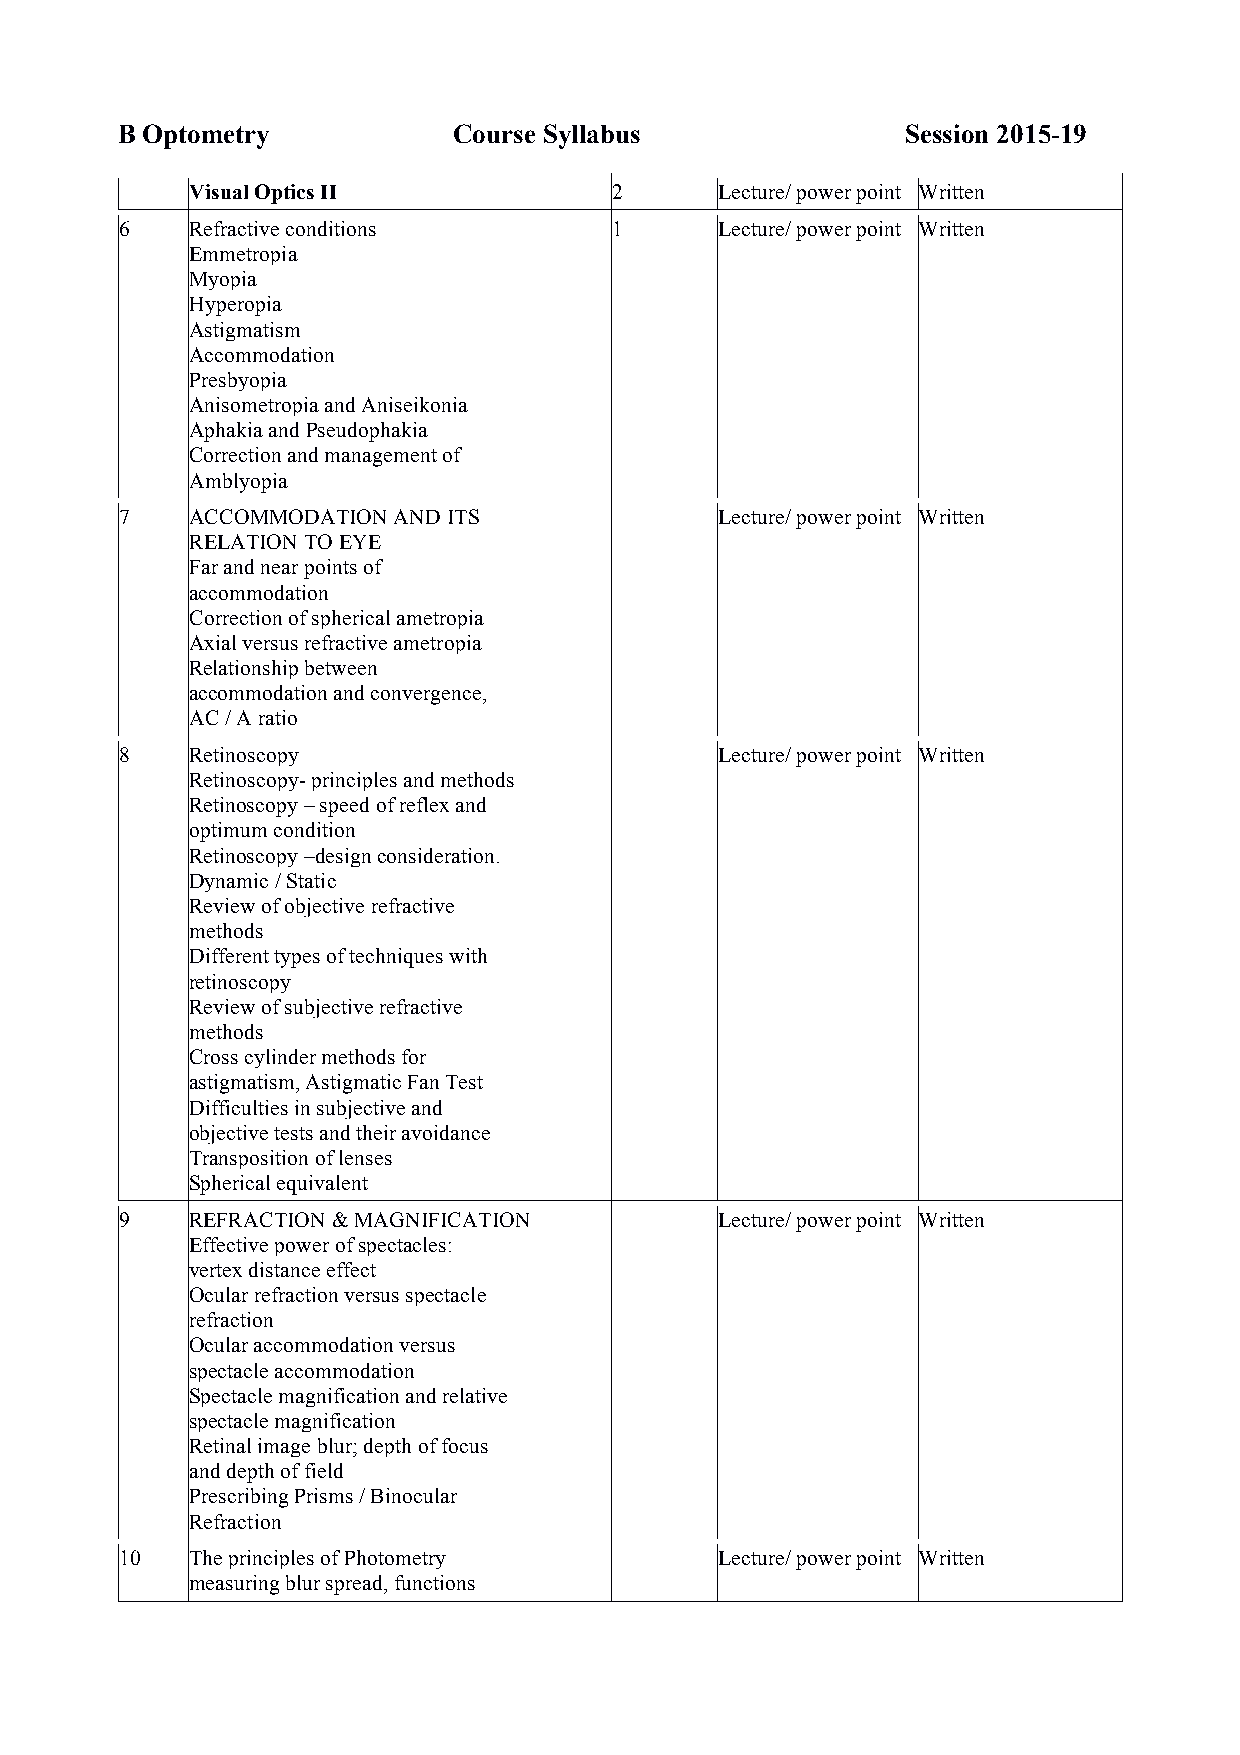
B Optometry           Course Syllabus               Session 2015-19
 Visual Optics II            2      Lecture/ power point Written
 6    Refractive conditions       1      Lecture/ power point Written
 Emmetropia
 Myopia
 Hyperopia
 Astigmatism
 Accommodation
 Presbyopia
 Anisometropia and Aniseikonia
 Aphakia and Pseudophakia
 Correction and management of
 Amblyopia
 7    ACCOMMODATION AND ITS              Lecture/ power point Written
 RELATION TO EYE
 Far and near points of
 accommodation
 Correction of spherical ametropia
 Axial versus refractive ametropia
 Relationship between
 accommodation and convergence,
 AC / A ratio
 8    Retinoscopy                        Lecture/ power point Written
 Retinoscopy- principles and methods
 Retinoscopy – speed of reflex and
 optimum condition
 Retinoscopy –design consideration.
 Dynamic / Static
 Review of objective refractive
 methods
 Different types of techniques with
 retinoscopy
 Review of subjective refractive
 methods
 Cross cylinder methods for
 astigmatism, Astigmatic Fan Test
 Difficulties in subjective and
 objective tests and their avoidance
 Transposition of lenses
 Spherical equivalent
 9    REFRACTION & MAGNIFICATION         Lecture/ power point Written
 Effective power of spectacles:
 vertex distance effect
 Ocular refraction versus spectacle
 refraction
 Ocular accommodation versus
 spectacle accommodation
 Spectacle magnification and relative
 spectacle magnification
 Retinal image blur; depth of focus
 and depth of field
 Prescribing Prisms / Binocular
 Refraction
 10   The principles of Photometry       Lecture/ power point Written
 measuring blur spread, functions